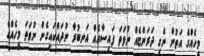
މީހެއްގެ އަތުން ނެގި ދަރަންޏެއް ނުވަތަ ފައިސާއެއް އަނބުރާ ނުދައްކައިގެން ނުވަތަ މީހެއްގެ